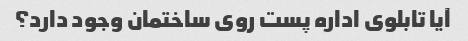
آیا تابلوی اداره پست روی ساختمان وجود دارد؟